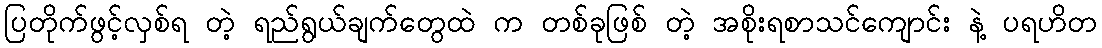
ပြတိုက်ဖွင့်လှစ်ရ တဲ့ ရည်ရွယ်ချက်တွေထဲ က တစ်ခုဖြစ် တဲ့ အစိုးရစာသင်ကျောင်း နဲ့ ပရဟိတ